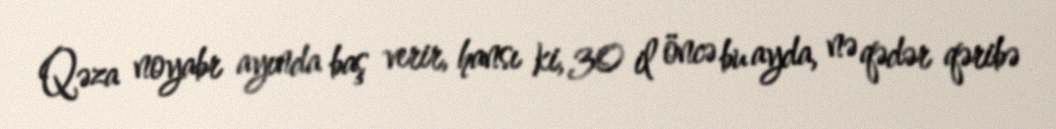
Qəza noyabr ayında baş verir, hansı ki, 30 il öncə bu ayda, nə qədər qəribə